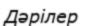
Дәрілер